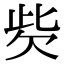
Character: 𣢙